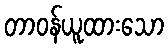
တာဝန်ယူထားသော